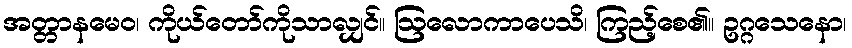
အတ္တာနမေဝ၊ ကိုယ်တော်ကိုသာလျှင်။ ဩလောကာပေသိ၊ ကြည့်စေ၏။ ဥဂ္ဂသေနော၊